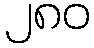
၂၈၀